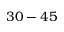
3 0 - 4 5